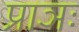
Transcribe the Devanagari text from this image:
प्राञः